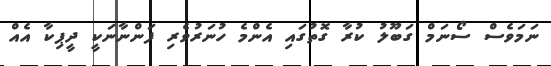
ނަމަވެސް ސޯނަމް ގަބޫލު ކުރާ ގޮތުގައި އެންމެ ހުނަރުވެރި ފަންނާނަކީ ދީޕިކާ އެއް